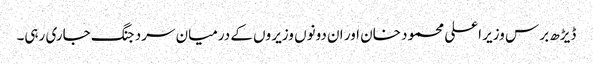
ڈیڑھ بر س وزیر اعلی محمود خان اور ان دونوں وزیر وں کے درمیان سرد جنگ جاری رہی۔